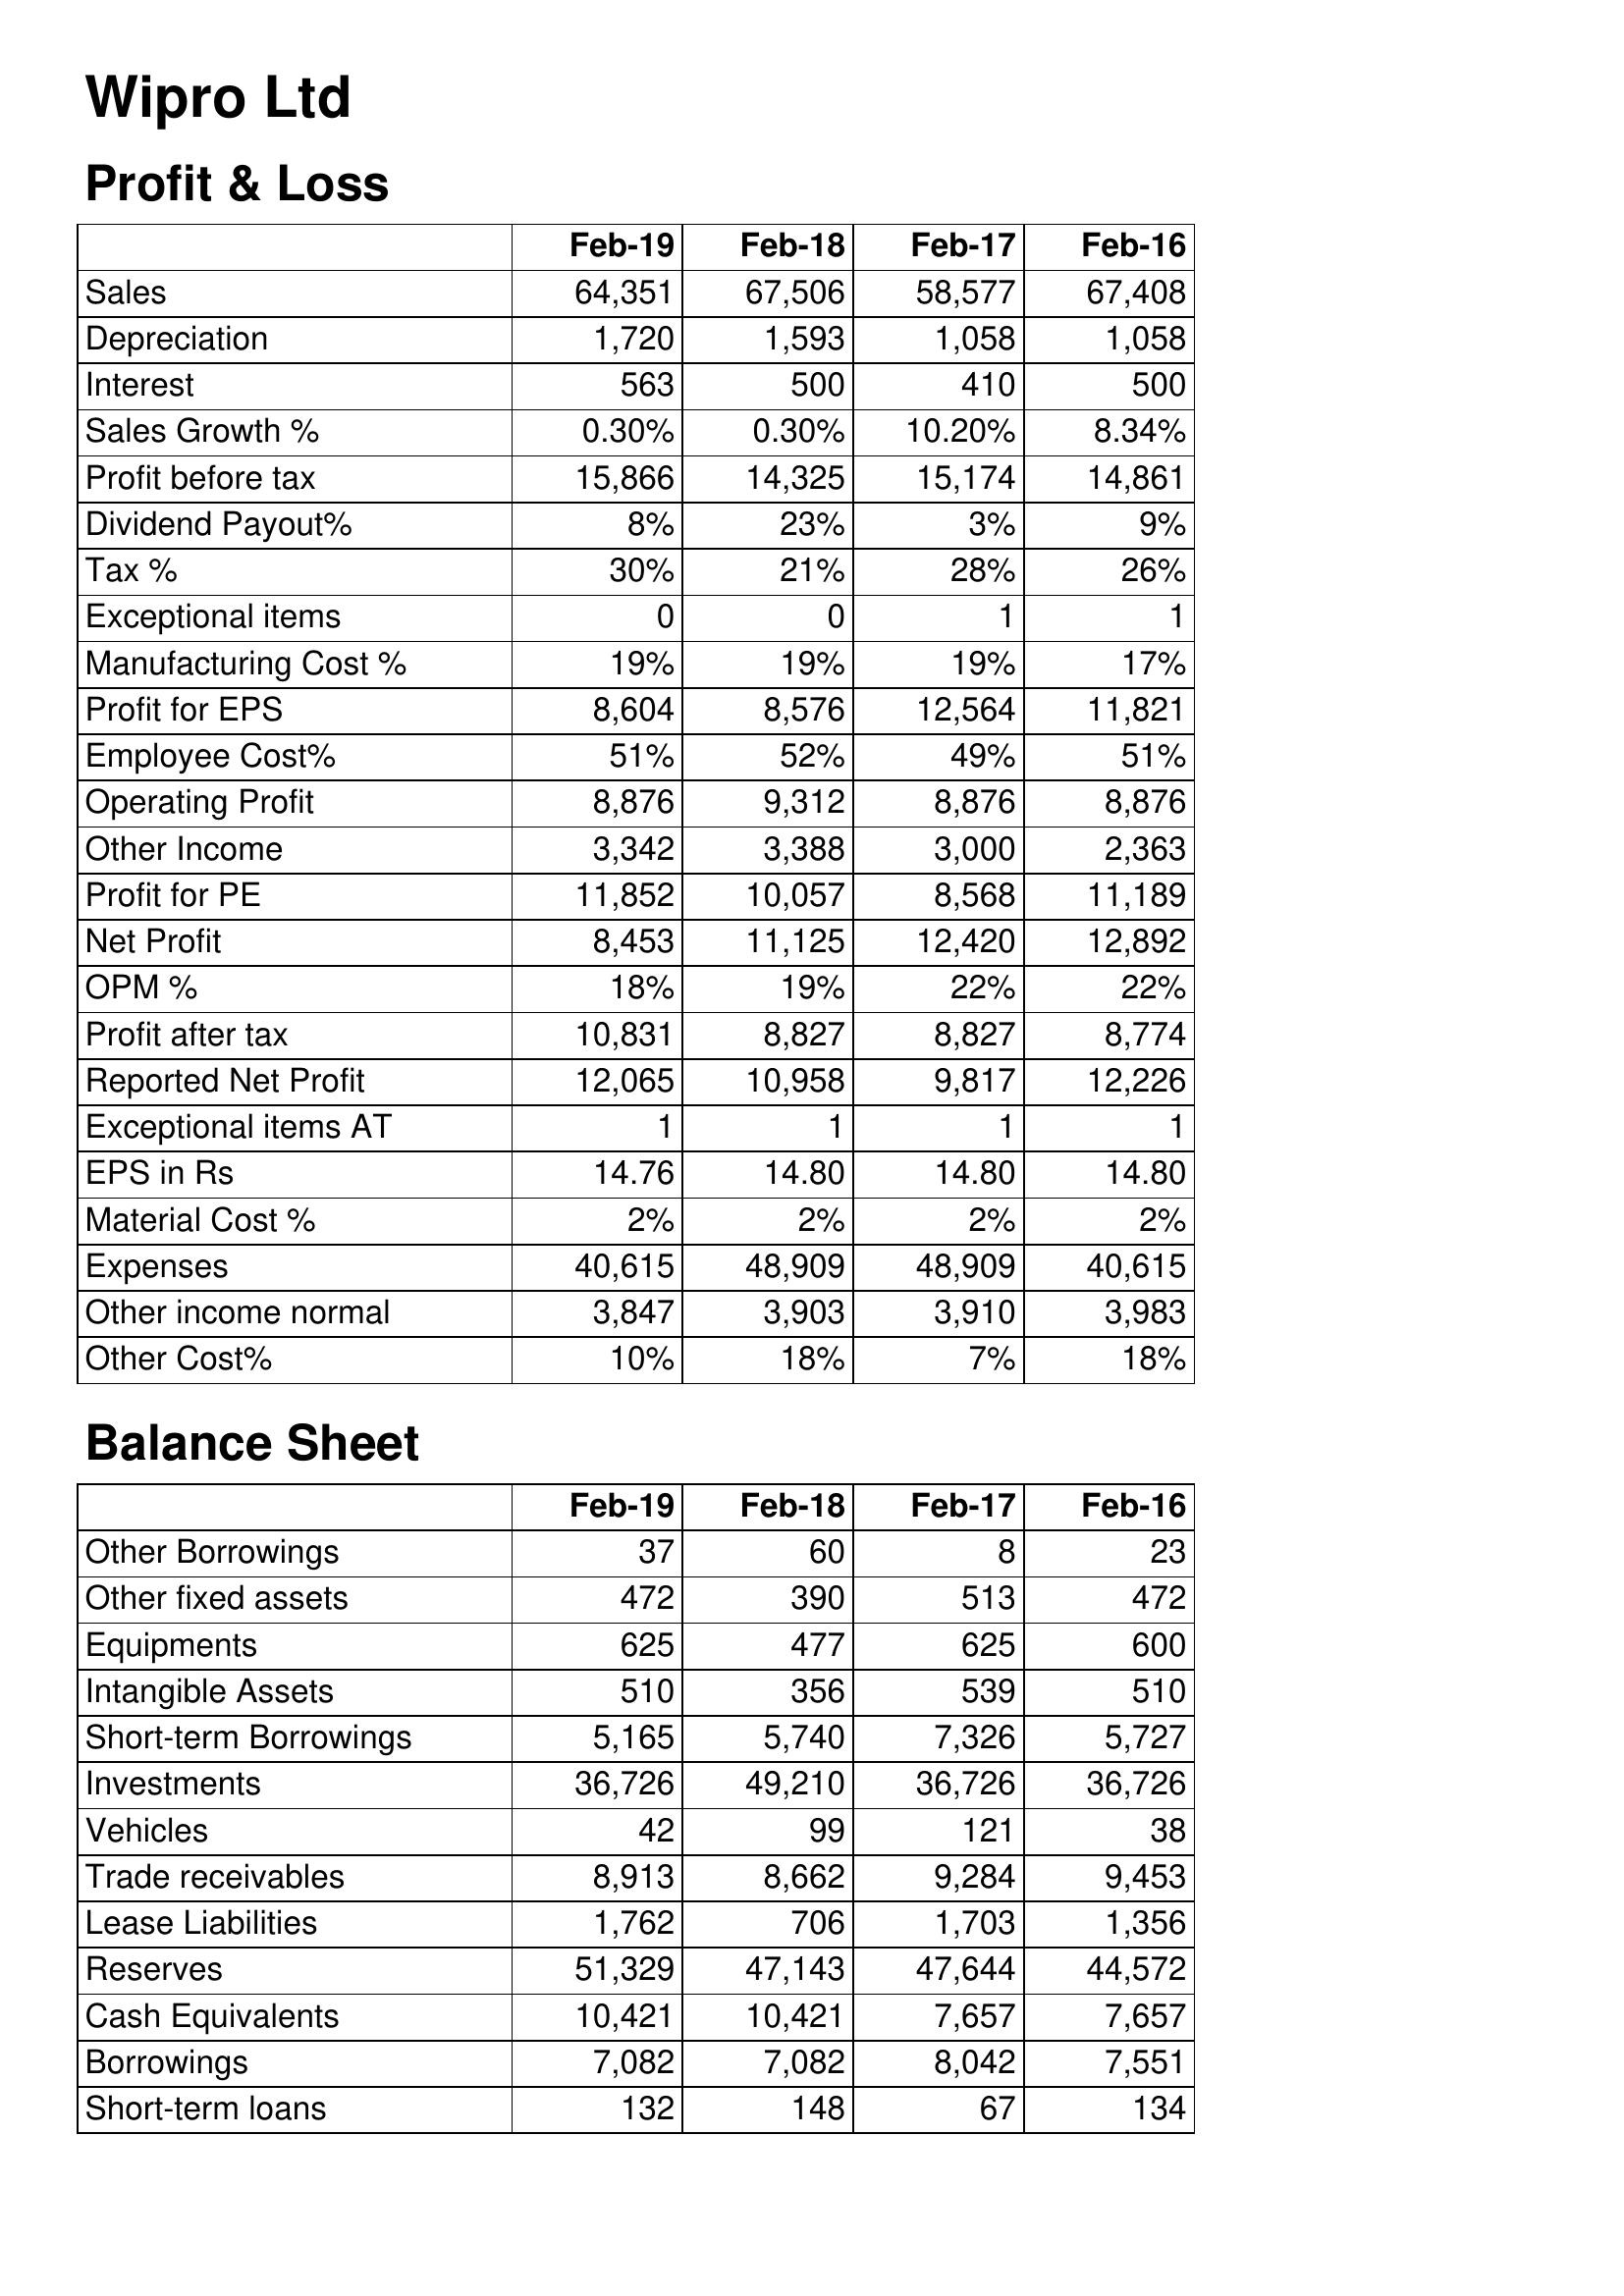
Feb-19: Profit & Loss: Sales: 64,351
Depreciation: 1,720
Interest: 563
Sales Growth %: 0.30%
Profit before tax: 15,866
Dividend Payout%: 8%
Tax %: 30%
Exceptional items: 0
Manufacturing Cost %: 19%
Profit for EPS: 8,604
Employee Cost%: 51%
Operating Profit: 8,876
Other Income: 3,342
Profit for PE: 11,852
Net Profit: 8,453
OPM %: 18%
Profit after tax: 10,831
Reported Net Profit: 12,065
Exceptional items AT: 1
EPS in Rs: 14.76
Material Cost %: 2%
Expenses: 40,615
Other income normal: 3,847
Other Cost%: 10%
Balance Sheet: Other Borrowings: 37
Other fixed assets: 472
Equipments: 625
Intangible Assets: 510
Short-term Borrowings: 5,165
Investments: 36,726
Vehicles: 42
Trade receivables: 8,913
Lease Liabilities: 1,762
Reserves: 51,329
Cash Equivalents: 10,421
Borrowings: 7,082
Short-term loans: 132
Feb-18: Profit & Loss: Sales: 67,506
Depreciation: 1,593
Interest: 500
Sales Growth %: 0.30%
Profit before tax: 14,325
Dividend Payout%: 23%
Tax %: 21%
Exceptional items: 0
Manufacturing Cost %: 19%
Profit for EPS: 8,576
Employee Cost%: 52%
Operating Profit: 9,312
Other Income: 3,388
Profit for PE: 10,057
Net Profit: 11,125
OPM %: 19%
Profit after tax: 8,827
Reported Net Profit: 10,958
Exceptional items AT: 1
EPS in Rs: 14.80
Material Cost %: 2%
Expenses: 48,909
Other income normal: 3,903
Other Cost%: 18%
Balance Sheet: Other Borrowings: 60
Other fixed assets: 390
Equipments: 477
Intangible Assets: 356
Short-term Borrowings: 5,740
Investments: 49,210
Vehicles: 99
Trade receivables: 8,662
Lease Liabilities: 706
Reserves: 47,143
Cash Equivalents: 10,421
Borrowings: 7,082
Short-term loans: 148
Feb-17: Profit & Loss: Sales: 58,577
Depreciation: 1,058
Interest: 410
Sales Growth %: 10.20%
Profit before tax: 15,174
Dividend Payout%: 3%
Tax %: 28%
Exceptional items: 1
Manufacturing Cost %: 19%
Profit for EPS: 12,564
Employee Cost%: 49%
Operating Profit: 8,876
Other Income: 3,000
Profit for PE: 8,568
Net Profit: 12,420
OPM %: 22%
Profit after tax: 8,827
Reported Net Profit: 9,817
Exceptional items AT: 1
EPS in Rs: 14.80
Material Cost %: 2%
Expenses: 48,909
Other income normal: 3,910
Other Cost%: 7%
Balance Sheet: Other Borrowings: 8
Other fixed assets: 513
Equipments: 625
Intangible Assets: 539
Short-term Borrowings: 7,326
Investments: 36,726
Vehicles: 121
Trade receivables: 9,284
Lease Liabilities: 1,703
Reserves: 47,644
Cash Equivalents: 7,657
Borrowings: 8,042
Short-term loans: 67
Feb-16: Profit & Loss: Sales: 67,408
Depreciation: 1,058
Interest: 500
Sales Growth %: 8.34%
Profit before tax: 14,861
Dividend Payout%: 9%
Tax %: 26%
Exceptional items: 1
Manufacturing Cost %: 17%
Profit for EPS: 11,821
Employee Cost%: 51%
Operating Profit: 8,876
Other Income: 2,363
Profit for PE: 11,189
Net Profit: 12,892
OPM %: 22%
Profit after tax: 8,774
Reported Net Profit: 12,226
Exceptional items AT: 1
EPS in Rs: 14.80
Material Cost %: 2%
Expenses: 40,615
Other income normal: 3,983
Other Cost%: 18%
Balance Sheet: Other Borrowings: 23
Other fixed assets: 472
Equipments: 600
Intangible Assets: 510
Short-term Borrowings: 5,727
Investments: 36,726
Vehicles: 38
Trade receivables: 9,453
Lease Liabilities: 1,356
Reserves: 44,572
Cash Equivalents: 7,657
Borrowings: 7,551
Short-term loans: 134